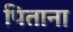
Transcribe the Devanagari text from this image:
पिताना